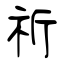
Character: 祈